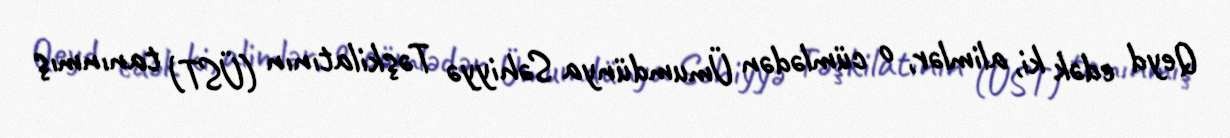
Qeyd edək ki, alimlər, o cümlədən Ümumdünya Səhiyyə Təşkilatının (ÜST) tanınmış